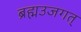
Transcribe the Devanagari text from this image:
ब्रह्मउजगत्